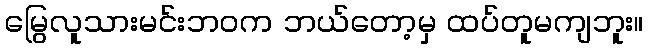
မြွေလူသားမင်းဘဝက ဘယ်တော့မှ ထပ်တူမကျဘူး။